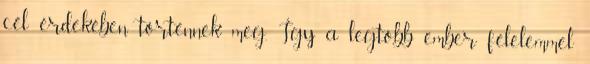
cél érdekében történnek meg. Így a legtöbb ember félelemmel